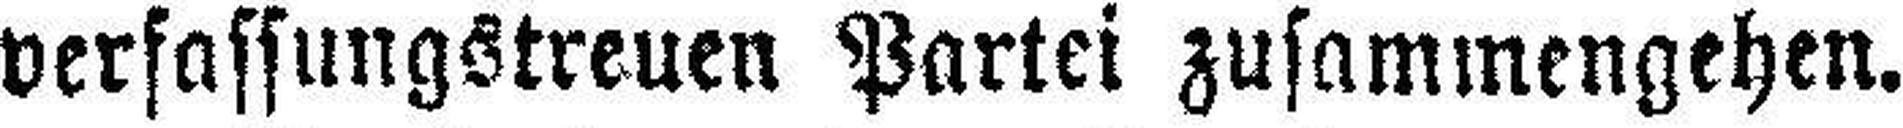
verfassungstreuen Partei zusammengehen.